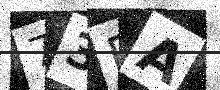
Text: 73RA